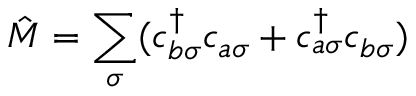
\hat { M } = \sum _ { \sigma } ( c _ { b \sigma } ^ { \dagger } c _ { a \sigma } + c _ { a \sigma } ^ { \dagger } c _ { b \sigma } )